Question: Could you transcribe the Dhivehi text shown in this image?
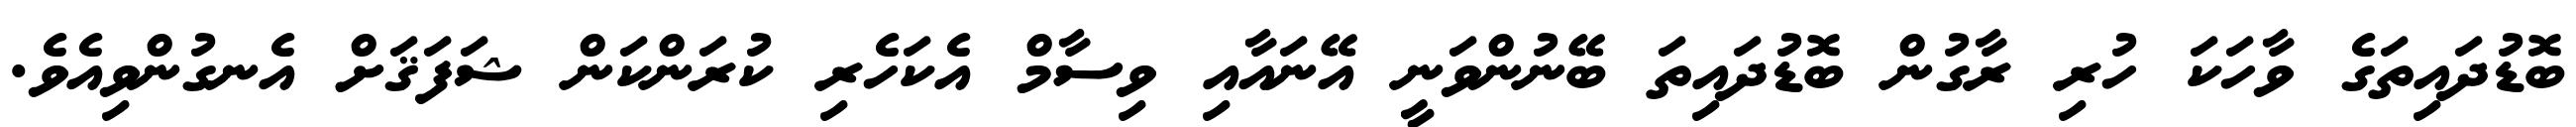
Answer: ބޮޑުދައިތަގެ ވާހަކަ ހުރި ރާގުން ބޮޑުދައިތަ ބޭނުންވަނީ އޭނައާއި ވިސާމް އެކަހެރި ކުރަންކަން ޝަފަޤަށް އެނގުންވިއެވެ.